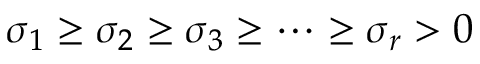
\sigma _ { 1 } \geq \sigma _ { 2 } \geq \sigma _ { 3 } \geq \dots \geq \sigma _ { r } > 0